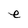
Character: e